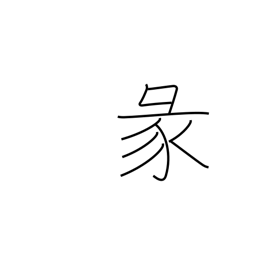
Meaning: divination